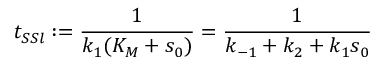
t _ { S S l } : = \frac { 1 } { k _ { 1 } ( K _ { M } + s _ { 0 } ) } = \frac { 1 } { k _ { - 1 } + k _ { 2 } + k _ { 1 } s _ { 0 } }